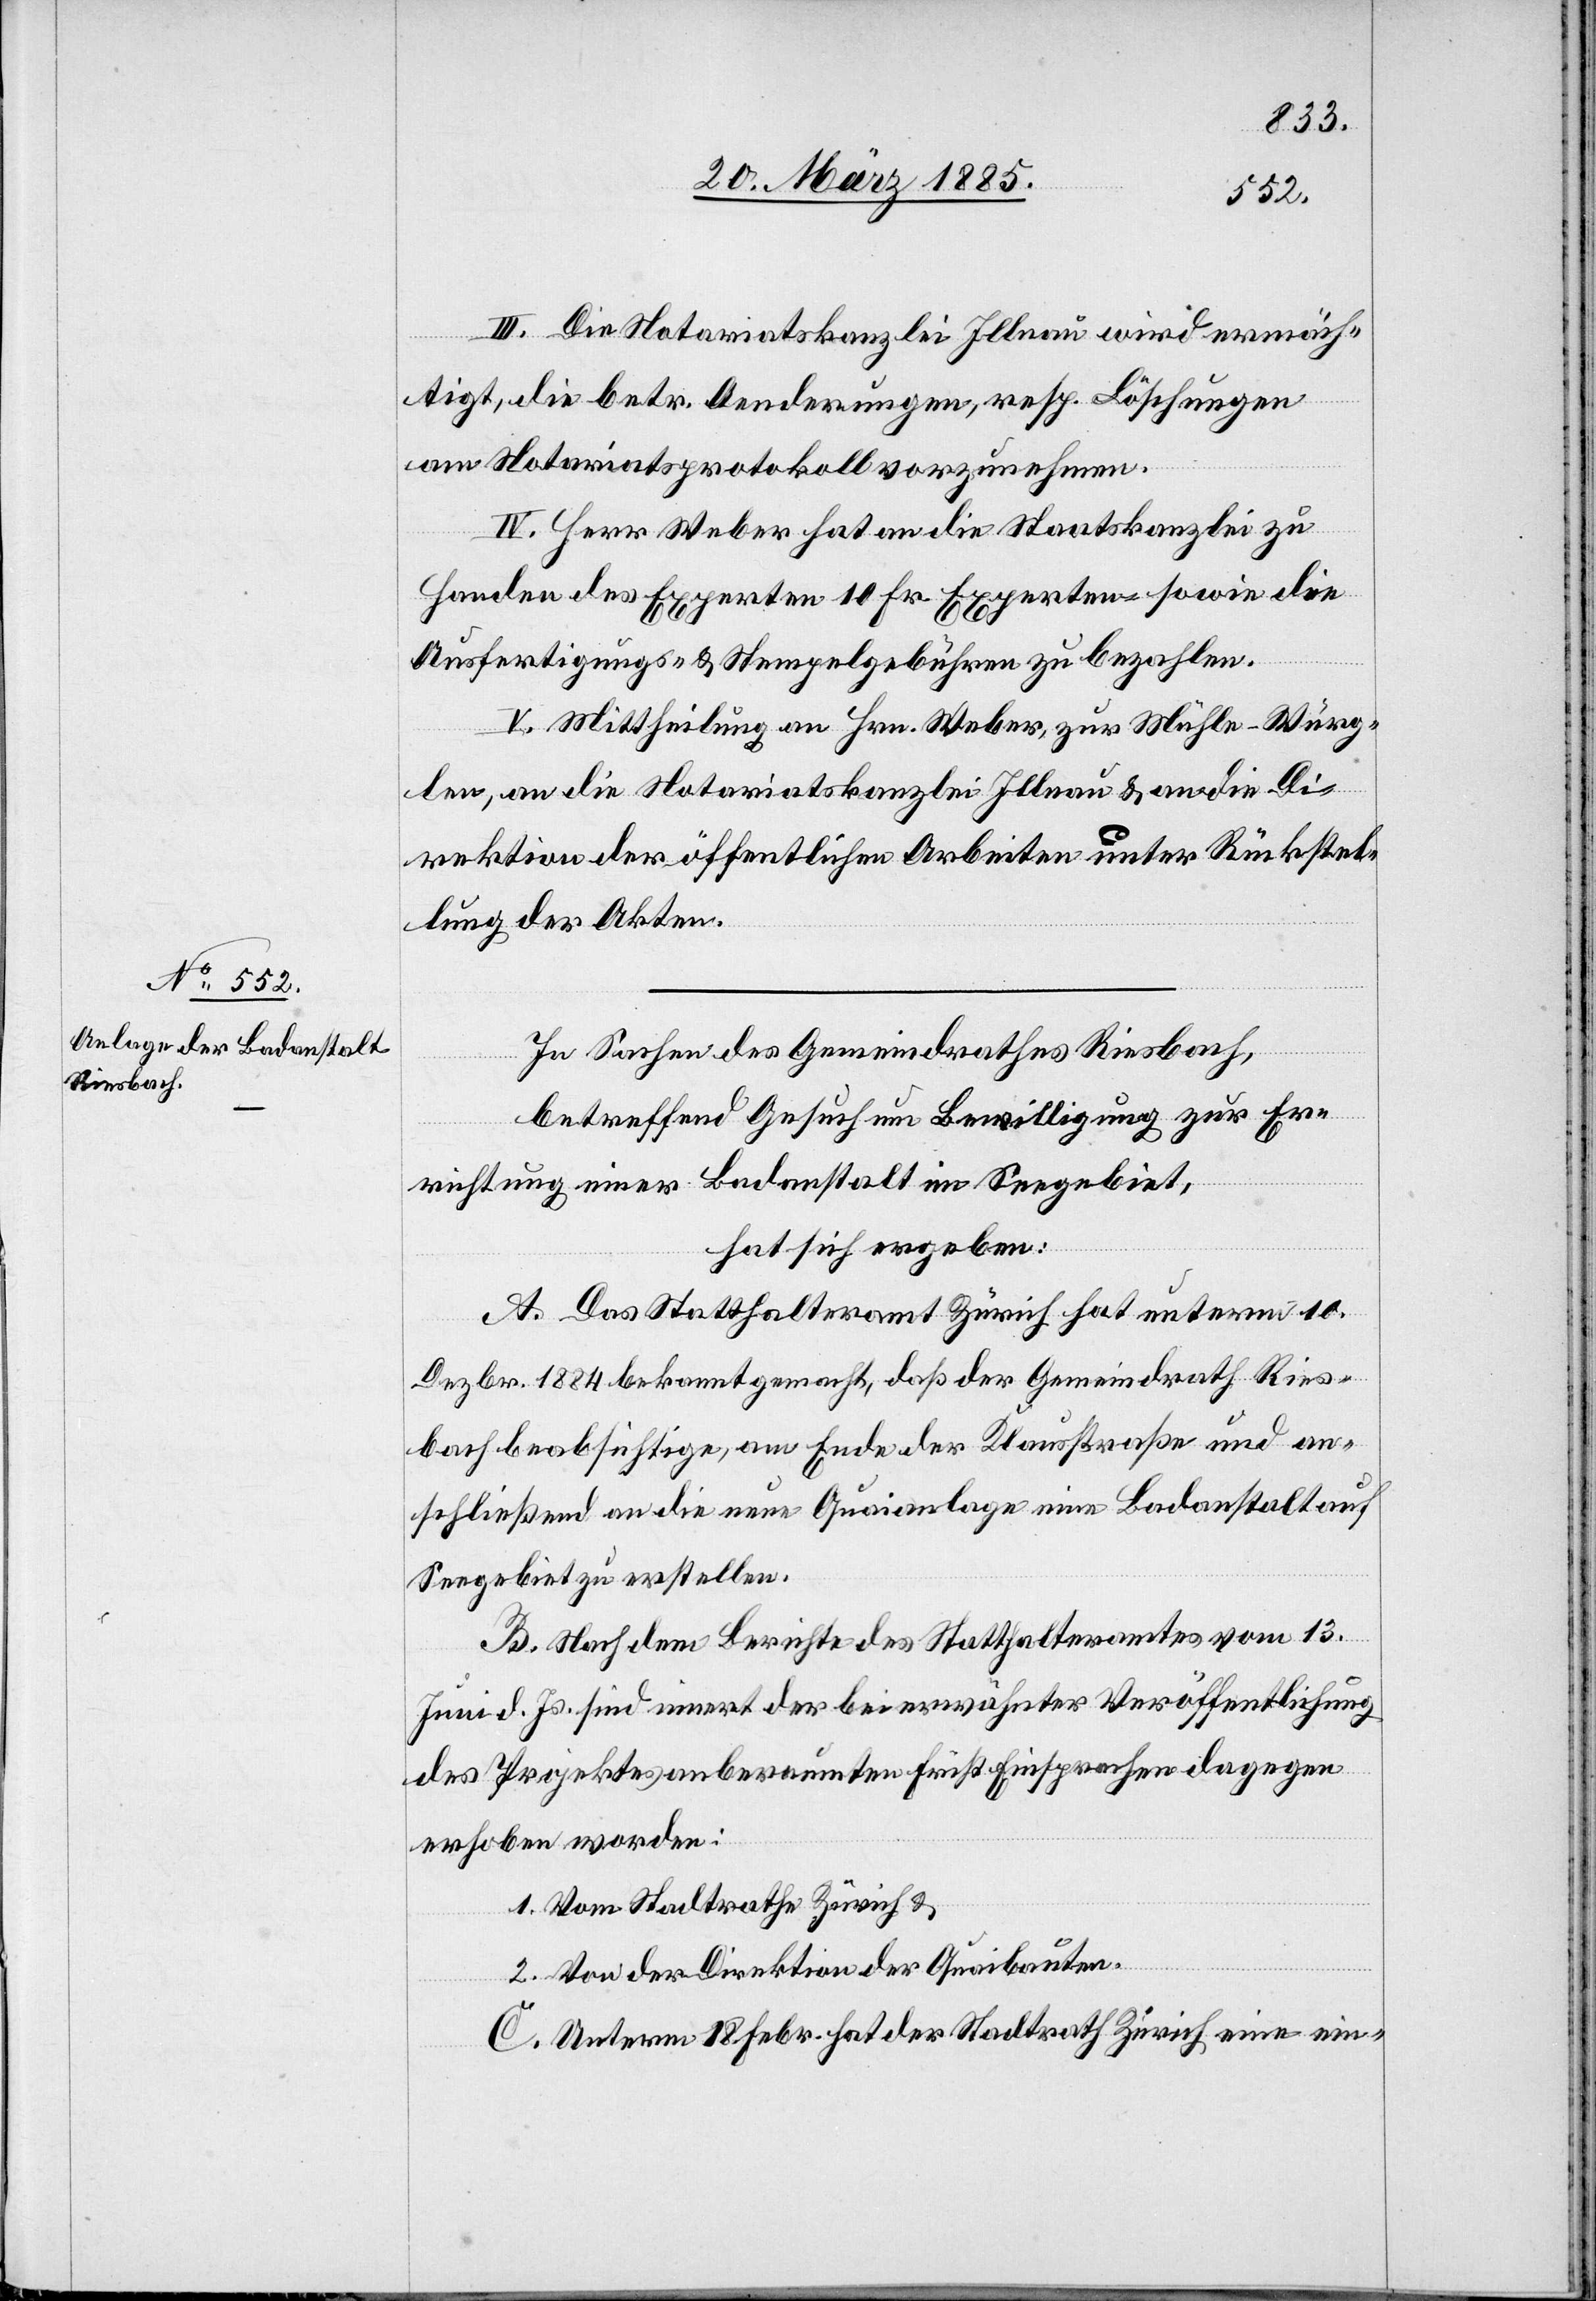
III. Die Notariatskanzlei Illnau wird ermäch¬
tigt, die betr. Aenderungen, resp. Löschungen
am Notariatsprotokoll vorzunehmen.
IV. Herr Weber hat an die Staatskanzlei zu
Handen des Experten 10 Fr. Experten- sowie die
Ausfertigungs- & Stempelgebühren zu bezahlen.
V. Mittheilung an Hrn. Weber, zur Mühle - Würg¬
len, an die Notariatskanzlei Illnau & an die Di¬
rektion der öffentlichen Arbeiten unter Rückstel¬
lung der Akten.
In Sachen des Gemeindrathes Riesbach,
betreffend Gesuch um Bewilligung zur Er¬
richtung einer Badanstalt im Seegebiet,
hat sich ergeben:
A. Das Statthalteramt Zürich hat unterm 10.
Dezbr. 1884 bekannt gemacht, daß der Gemeindrath Ries¬
bach beabsichtige, am Ende der Klausstraße und an¬
schließend an die neue Quaianlage eine Badanstalt auf
Seegebiet zu erstellen.
B. Nach dem Berichte des Statthalteramtes vom 13.
Juni d. Js. sind innert der bei erwähnter Veröffentlichung
des Projektes anberaumten Frist Einsprachen dagegen
erhoben worden:
1. Vom Stadtrathe Zürich &
2. Von der Direktion der Quaibauten.
C. Unterm 18. Febr. hat der Stadtrath Zürich eine ein-